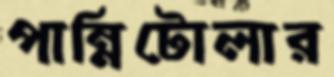
পান্নিটোলার